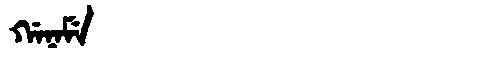
Manchu: ᡤᠠᠨᠠᠮᡝ
Romanization: GANAME